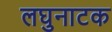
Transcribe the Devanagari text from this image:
लघुनाटक